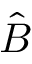
\hat { B }